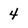
Character: 4